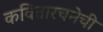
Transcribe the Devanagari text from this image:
कवितारचनेची